画像に写った文字を読んでください
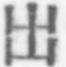
「出」と書いてあります